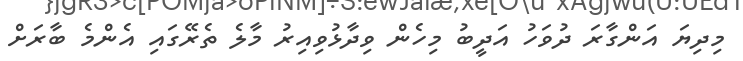
މިދިޔަ އަންގާރަ ދުވަހު އަދީބު މިހެން ވިދާޅުވިއިރު މާލެ ތެރޭގައި އެންމެ ބާރަށް